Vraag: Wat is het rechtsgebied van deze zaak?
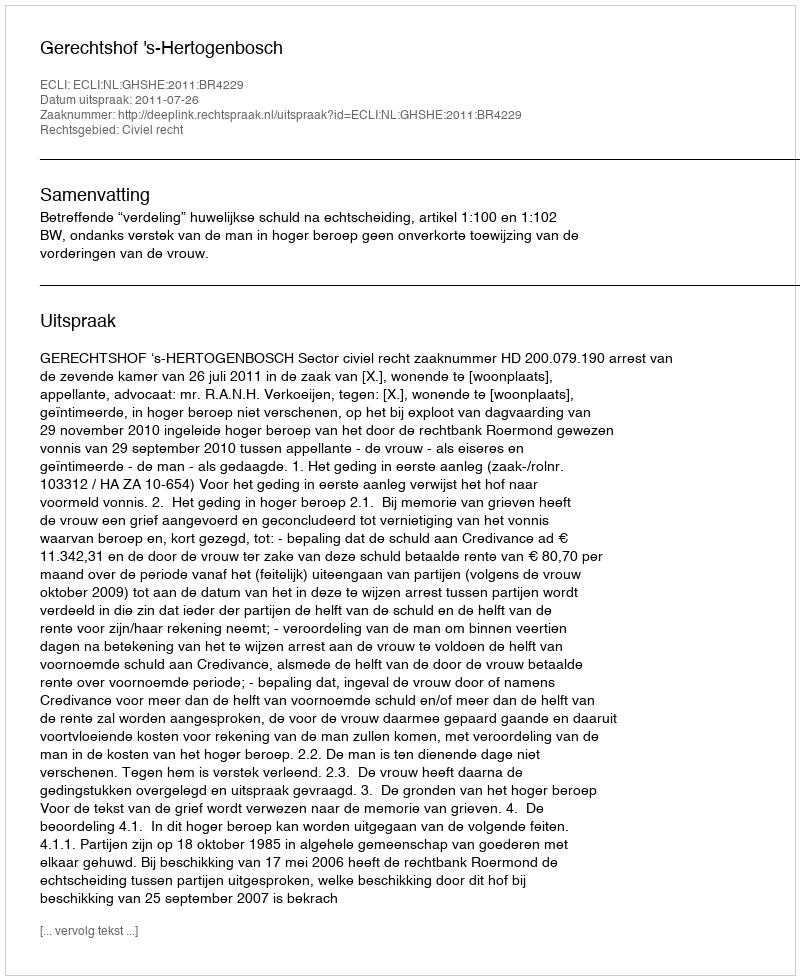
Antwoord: Civiel recht